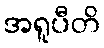
အရူပီတိ